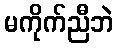
မကိုက်ညီဘဲ